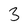
Character: 3